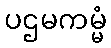
ပဌမကမ္မံ